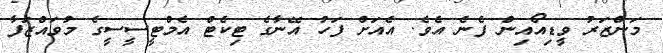
މަންޒަރު ވީޑިއޯއިން ފެނެ އެވެ. އެއަށް ފަހު އޭނާގެ ޓިކެޓް އެމްޓީސީސީގެ މުވައްޒަފާ